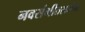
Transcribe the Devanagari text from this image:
नवसंगीतसर्जना